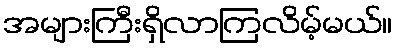
အများကြီးရှိလာကြလိမ့်မယ်။